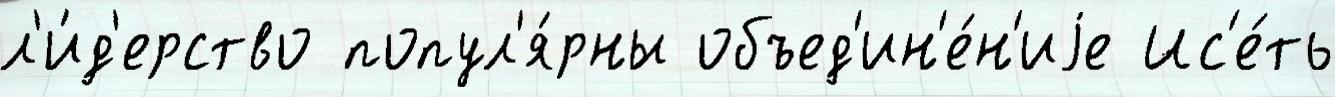
л'и́д'ерство попул'я́рны объед'ин'е́н'иjе Ис'е́ть